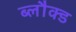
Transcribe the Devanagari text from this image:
ब्लौक्ड